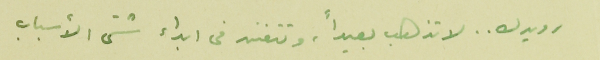
رويدك .. لا تذهب بعيداً، وتتفنن فى ابداء شتى الأسباب